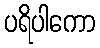
ပရိပါကော